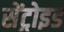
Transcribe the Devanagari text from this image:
सेंट्रोइड